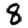
Digit: 8